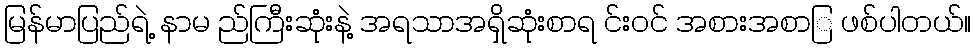
မြန်မာပြည်ရဲ့ နာမ ည်ကြီးဆုံးနဲ့ အရသာအရှိဆုံးစာရ င်းဝင် အစားအစာြ ဖစ်ပါတယ်။